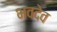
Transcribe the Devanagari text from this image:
भवदेव